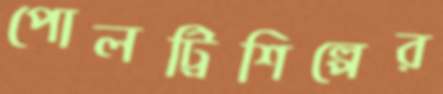
পোলট্রিশিল্পের